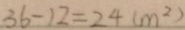
3 6 - 1 2 = 2 4 ( m ^ { 2 } )